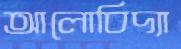
আলোবিদ্যা